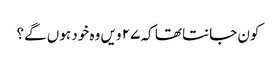
کون جانتا تھا کہ ۲۷ ویں وہ خود ہوں گے؟